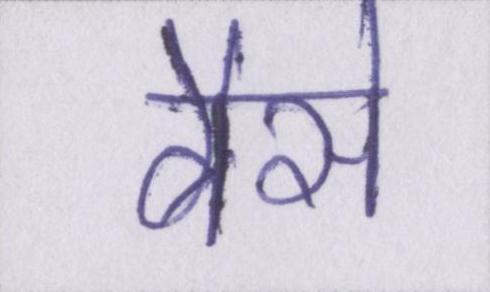
वैसे